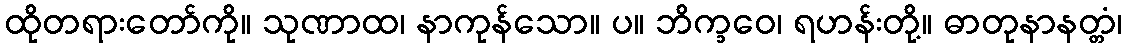
ထိုတရားတော်ကို။ သုဏာထ၊ နာကုန်သော။ ပ။ ဘိက္ခဝေ၊ ရဟန်းတို့။ ဓာတုနာနတ္တံ၊